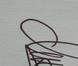
Signature authenticity: genuine